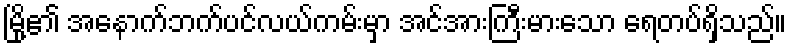
မြို့၏ အနောက်ဘက်ပင်လယ်ကမ်းမှာ အင်အားကြီးမားသော ရေတပ်ရှိသည်။